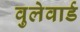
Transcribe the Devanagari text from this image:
वुलेवार्ड